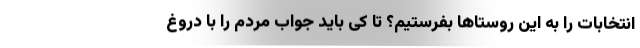
انتخابات را به این روستاها بفرستیم؟ تا کی باید جواب مردم را با دروغ